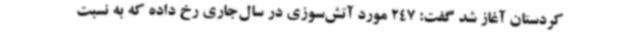
کردستان آغاز شد گفت: 247 مورد آتش‌سوزی در سال‌جاری رخ داده که به نسبت